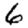
Digit: 6